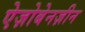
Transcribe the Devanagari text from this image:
ऐज़ोबेनज़ीन